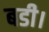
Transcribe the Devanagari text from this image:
बडी।